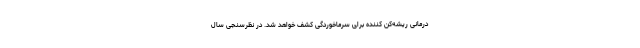
درمانی ریشه‌کن کننده برای سرماخوردگی کشف خواهد شد. در نظرسنجی سال